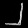
Digit: ၂